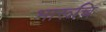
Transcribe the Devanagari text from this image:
भारूचि